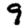
Digit: 9